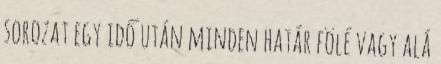
sorozat egy idő után minden határ fölé vagy alá